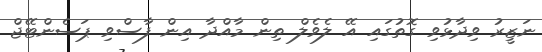
ނަޒީރު ވިދާޅުވި ގޮތުގައި އޭ ލެވެލް ތިން މާއްދާ އިން ފާސްވި ޕަސެންޓޭޖް